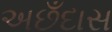
અછઁદાસ